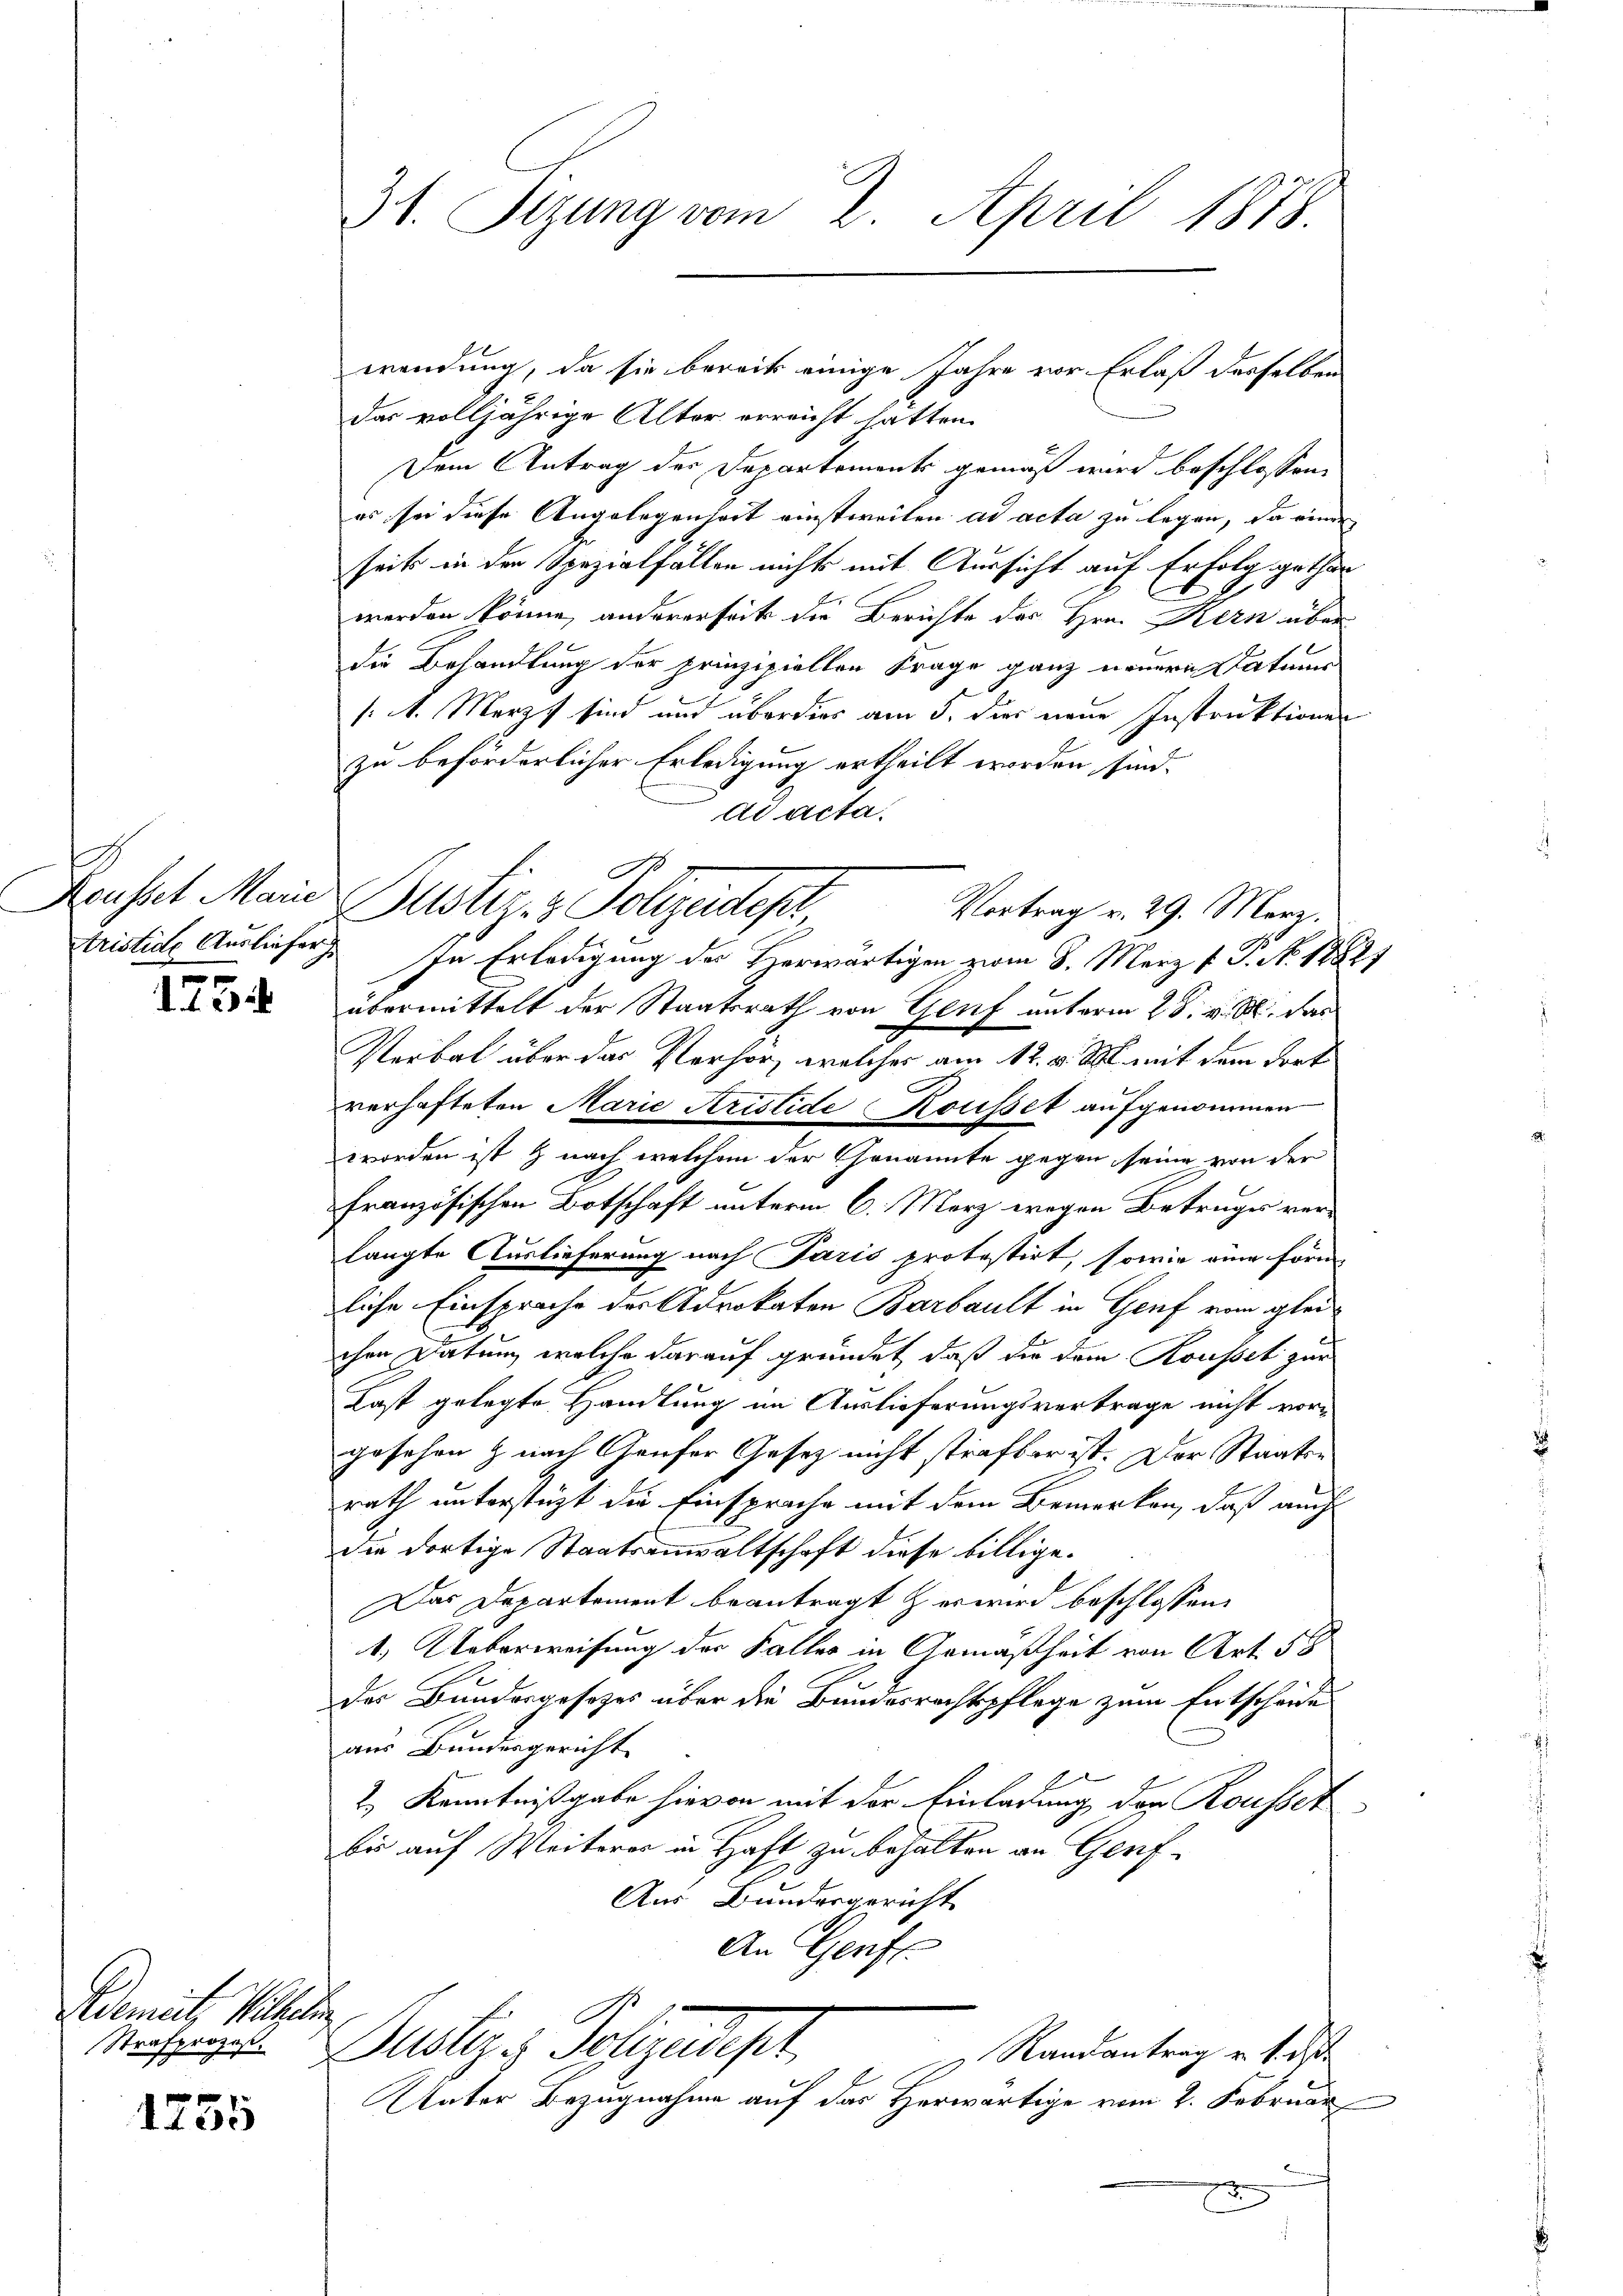
Rousset Marie
t

. 1. 22

G
Avement, Wilhelin
Strafprozeß.

1755

wendung, da sie bereits einige Jahre vor Erlaß desselben
das volljährige Alter erreicht hatten.
Dem Antrag der Departements gemäß wird beschlossene
es sei diese Angelegenheit einstweilen ad acta zu legen, da eine
seits in der Spezialfällen nichts mit Aussicht auf Erfolg gethan
werden könne, andererseits die Berichte der Hrn. Kern über
die Behandlung der prinzipielten Frage ganz neuern Datums
/: 4. Merz sind und überdies am 5. dies neue Instruktionen
zu beförderlicher Erledigung ertheilt worden sind.
Ad acta.
Aristice Ausliefer. In Erledigung des Herwärtigen vom 8. März v. P. No. 1882/
übermittelt der Staatsrath von Genf unterm 28. v. M. das
Verbal über das Verhör, welcher am 12. v. Js. mit dem dort
verhafteten Marie Kristide Kousset aufgenommen
worden ist & nach welchem der Genannte gegen seine von der
französischen Botschaft unterm 6. Merz wegen Betruges verlangte Auslieferung nach Paris protestirt, sowie eine förmliche Einsprache des Advokaten Barbault in Genf vom gleichen Datum, welche darauf gründet, daß die dem Kousset zur
Last gelegte Handlung im Auslieferungsvertrage nicht vor-
gesehen & nach Gaufer Gesetz nicht strafbar ist. Der Staaten
rath unterstüzt die Einsprache mit dem Bemerken, daß auch
die dortige Staatsanwaltschaft diese billige
Das Departement beantragt & er wird beschlossen,
1.) Ueberweisung der Falles in Gemäßheit von Art. 58
der Bundesgesetzes über die Bundesrechtspflege zum Entscheide
aus Bundesgericht
2.) Kenntnißgabe hievon mit der Einladung der Rousser
bis auf Weiteres in Haft zu behalten an Gerif¬
Aus Bundesgericht
An Genf
Justizs Polizeipt.
Randantrag v. 1. d
Unter Bezugnahme auf das Herwärtige vom 2. Februar,
x

31. Sizung vom 2. April 1878.

Justiz- & Polizeidep
Vortrag v. 29. März.